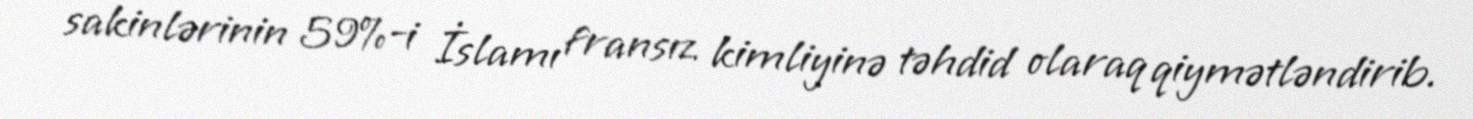
sakinlərinin 59%-i İslamı fransız kimliyinə təhdid olaraq qiymətləndirib.